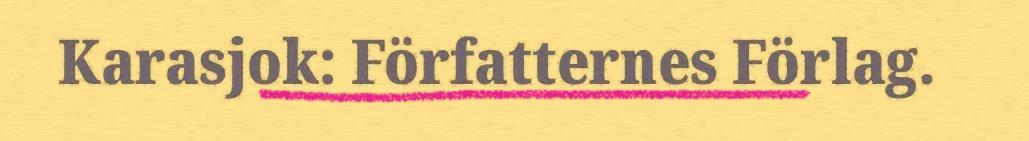
Karasjok: Författernes Förlag.